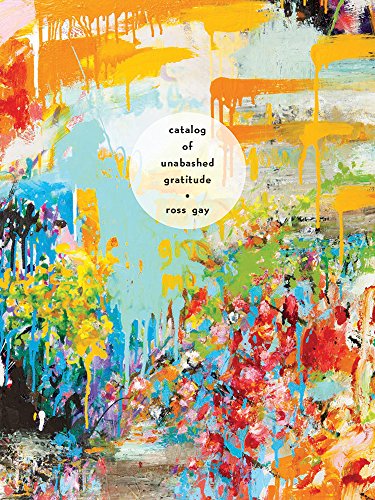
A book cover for Catalog of Unabashed Gratitude (Pitt Poetry Series); Ross Gay; Literature & Fiction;